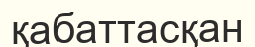
қабаттасқан